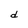
Character: d